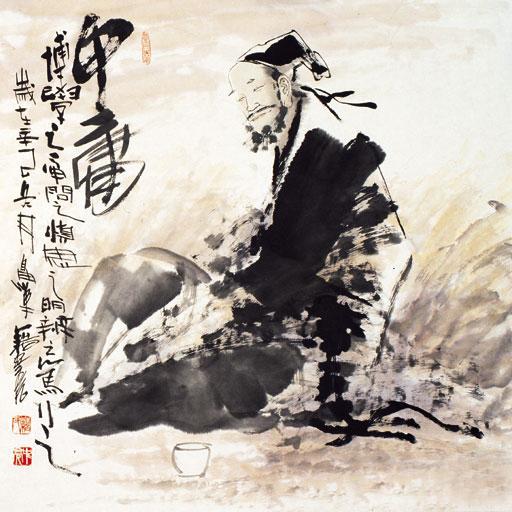
贤能不待次而举，罢不能不待须而废，元恶不待教而诛，中庸不待政而化。